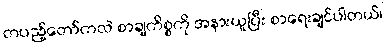
တပည့်တော်ကလဲ စာချကိစ္စကို အနားယူပြီး စာရေးချင်ပါတယ်၊